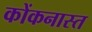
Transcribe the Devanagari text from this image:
कोंकनास्त